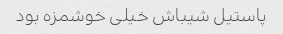
پاستیل شیباش خیلی خوشمزه بود